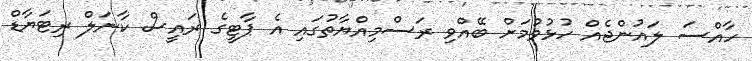
ހާއްސަ ލައުންޖެއް ހުޅުވުމަށް ބޭއްވި ރަސްމިއްޔާތުގައި އެ ޕާޓީގެ ރައީސް ކާނަލް ރިޓަޔާޑް